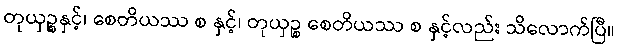
တုယှဉ္စနှင့်၊ စေတိယဿ စ နှင့်၊ တုယှဉ္စ စေတိယဿ စ နှင့်လည်း သိလောက်ပြီ။